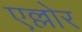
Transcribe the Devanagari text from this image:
एल्लोर